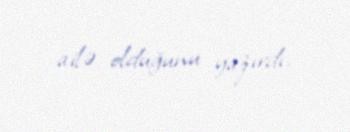
ailə olduğunu yazırdı.